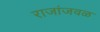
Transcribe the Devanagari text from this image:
राजांजवळ